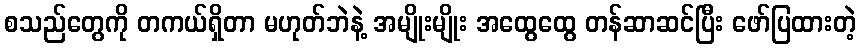
စသည်တွေကို တကယ်ရှိတာ မဟုတ်ဘဲနဲ့ အမျိုးမျိုး အထွေထွေ တန်ဆာဆင်ပြီး ဖော်ပြထားတဲ့